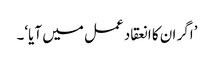
’اگر ان کا انعقاد عمل میں آیا‘۔